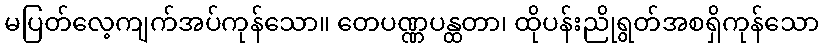
မပြတ်လေ့ကျက်အပ်ကုန်သော။ တေပဏ္ဏပန္ထတာ၊ ထိုပန်းညိုရွတ်အစရှိကုန်သော